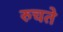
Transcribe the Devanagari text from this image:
रुचते